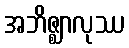
အဘိဇ္ဈာလုဿ